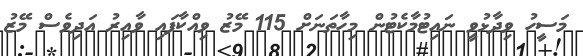
މަސީހު ވިދާޅުވީ ނައިޓުމާކެޓުން މިހާތަނަށް 115 މޭޒު ވިއްކާފައި ވާއިރު އަދިވެސް މޭޒު